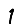
Digit: 1